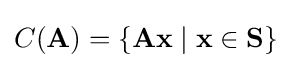
C(\mathbf {A} )=\{\mathbf {A} \mathbf {x} \mid \mathbf {x} \in \mathbf {S} \}